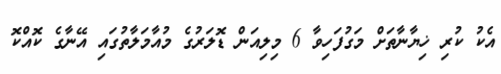
އެކު ކުރި ޚިޔާނާތަށް މަގުފަހިވާ 6 މިލިއަން ޑޮލަރުގެ މުއާމަލާތުގައި އޭނާގެ ކޮއްކޮ